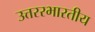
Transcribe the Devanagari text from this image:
उत्तररभारतीय